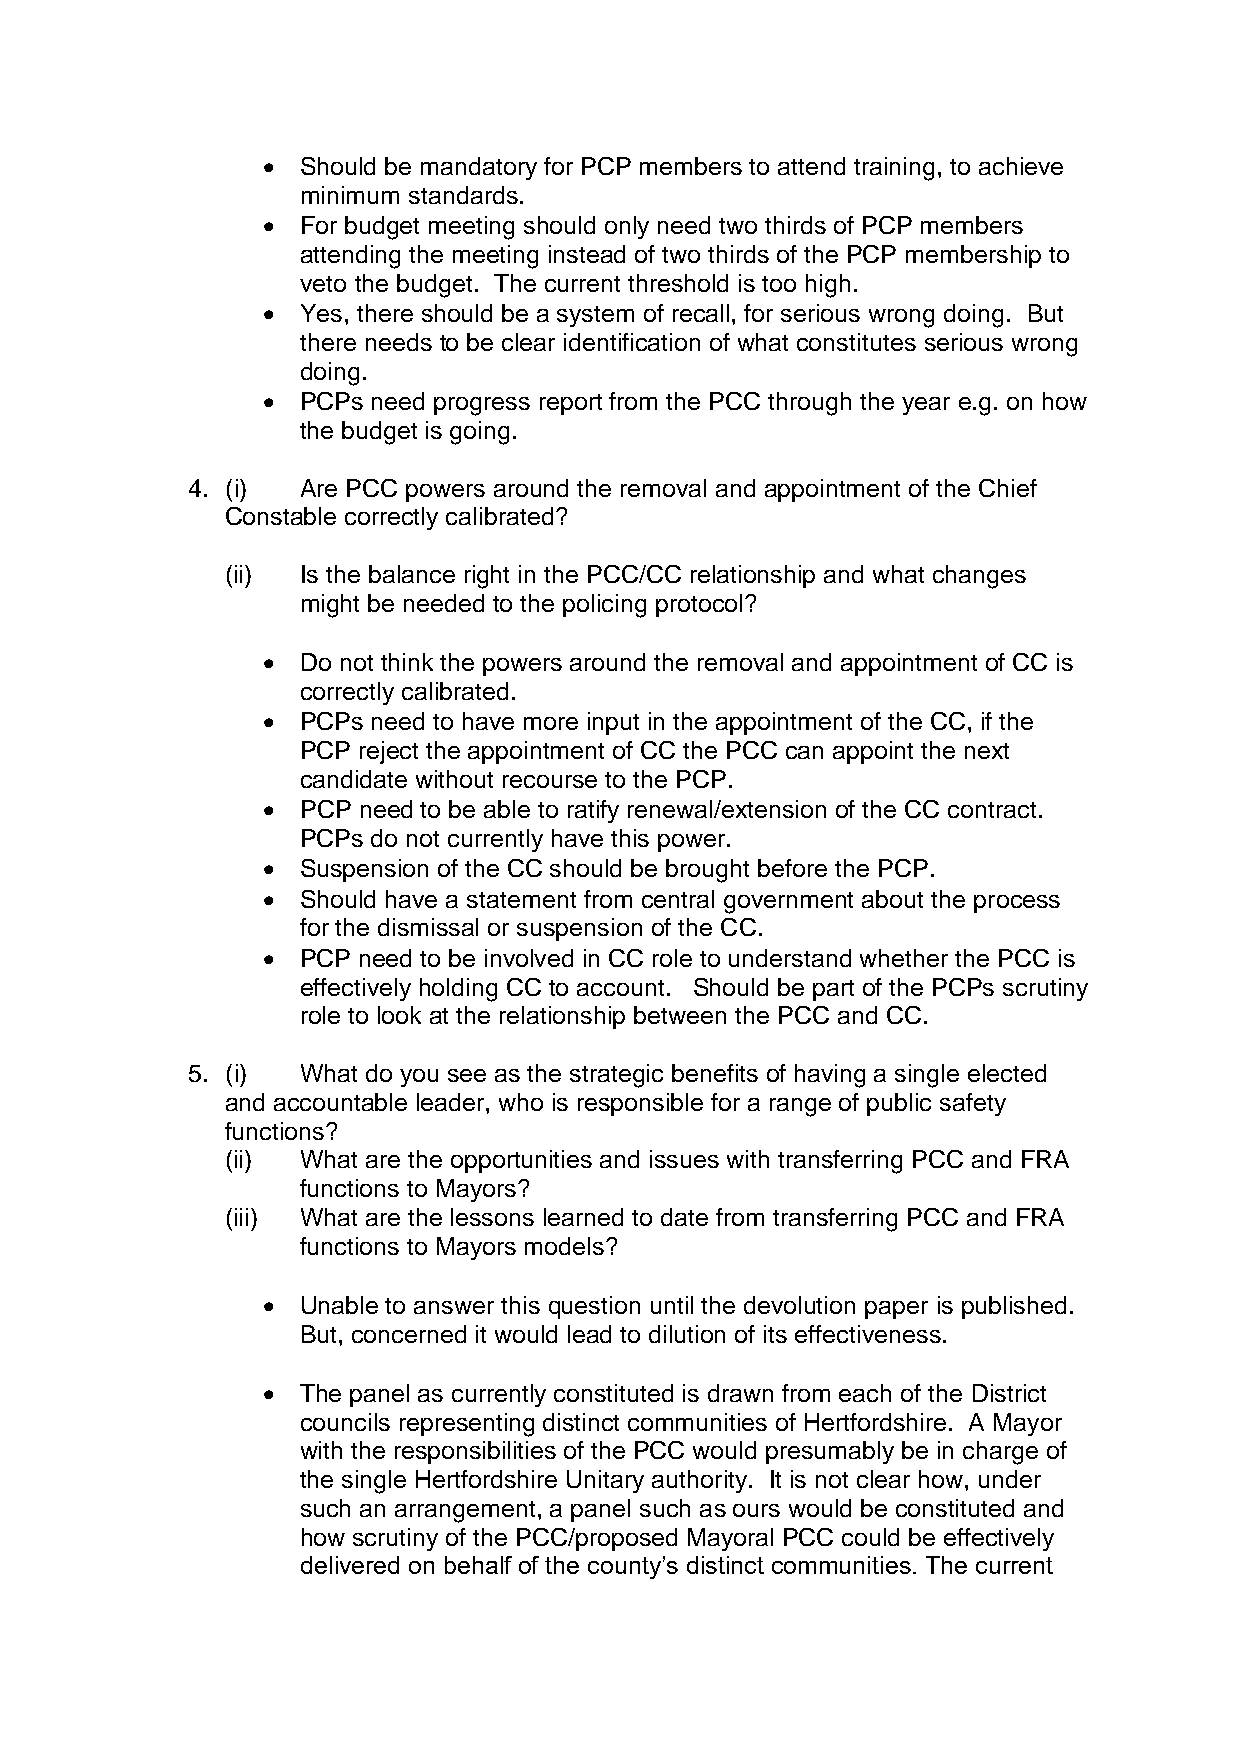
  Should be mandatory for PCP members to attend training, to achieve
 minimum standards.
   For budget meeting should only need two thirds of PCP members
 attending the meeting instead of two thirds of the PCP membership to
 veto the budget. The current threshold is too high.
   Yes, there should be a system of recall, for serious wrong doing. But
 there needs to be clear identification of what constitutes serious wrong
 doing.
   PCPs need progress report from the PCC through the year e.g. on how
 the budget is going.
 4. (i)  Are PCC powers around the removal and appointment of the Chief
 Constable correctly calibrated?
 (ii) Is the balance right in the PCC/CC relationship and what changes
 might be needed to the policing protocol?
   Do not think the powers around the removal and appointment of CC is
 correctly calibrated.
   PCPs need to have more input in the appointment of the CC, if the
 PCP reject the appointment of CC the PCC can appoint the next
 candidate without recourse to the PCP.
   PCP need to be able to ratify renewal/extension of the CC contract.
 PCPs do not currently have this power.
   Suspension of the CC should be brought before the PCP.
   Should have a statement from central government about the process
 for the dismissal or suspension of the CC.
   PCP need to be involved in CC role to understand whether the PCC is
 effectively holding CC to account. Should be part of the PCPs scrutiny
 role to look at the relationship between the PCC and CC.
 5. (i)  What do you see as the strategic benefits of having a single elected
 and accountable leader, who is responsible for a range of public safety
 functions?
 (ii) What are the opportunities and issues with transferring PCC and FRA
 functions to Mayors?
 (iii) What are the lessons learned to date from transferring PCC and FRA
 functions to Mayors models?
   Unable to answer this question until the devolution paper is published.
 But, concerned it would lead to dilution of its effectiveness.
   The panel as currently constituted is drawn from each of the District
 councils representing distinct communities of Hertfordshire. A Mayor
 with the responsibilities of the PCC would presumably be in charge of
 the single Hertfordshire Unitary authority. It is not clear how, under
 such an arrangement, a panel such as ours would be constituted and
 how scrutiny of the PCC/proposed Mayoral PCC could be effectively
 delivered on behalf of the county’s distinct communities. The current